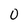
Character: 0